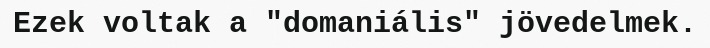
Ezek voltak a "domaniális" jövedelmek.